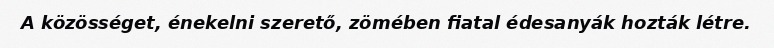
A közösséget, énekelni szerető, zömében fiatal édesanyák hozták létre.